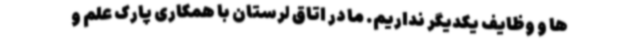
ها و وظایف یکدیگر نداریم. ما در اتاق لرستان با همکاری پارک علم و